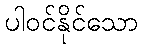
ပါဝင်နိုင်သော